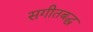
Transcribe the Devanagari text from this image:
सगीतबद्ध